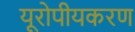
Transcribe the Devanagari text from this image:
यूरोपीयकरण